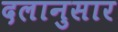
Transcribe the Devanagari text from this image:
दलानुसार